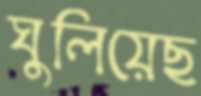
ঘুলিয়েছ